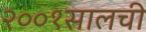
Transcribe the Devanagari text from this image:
२००१सालची